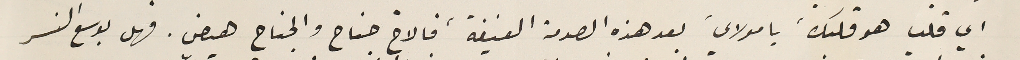
اي قلب هو قلبكَ يا مولايَ بعد هذه الصدمة العنيفة، فالاخ جناح والجناح هيض فهل بوسع النسر